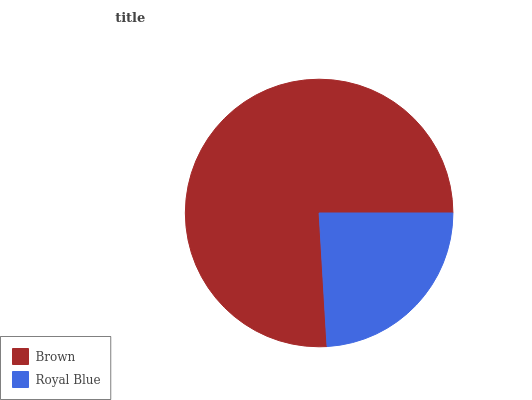
| Brown | Royal Blue |
 | --- | --- |
 | 76% | 24% |